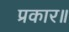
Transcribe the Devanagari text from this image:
प्रकार॥